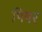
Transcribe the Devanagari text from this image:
पिपर